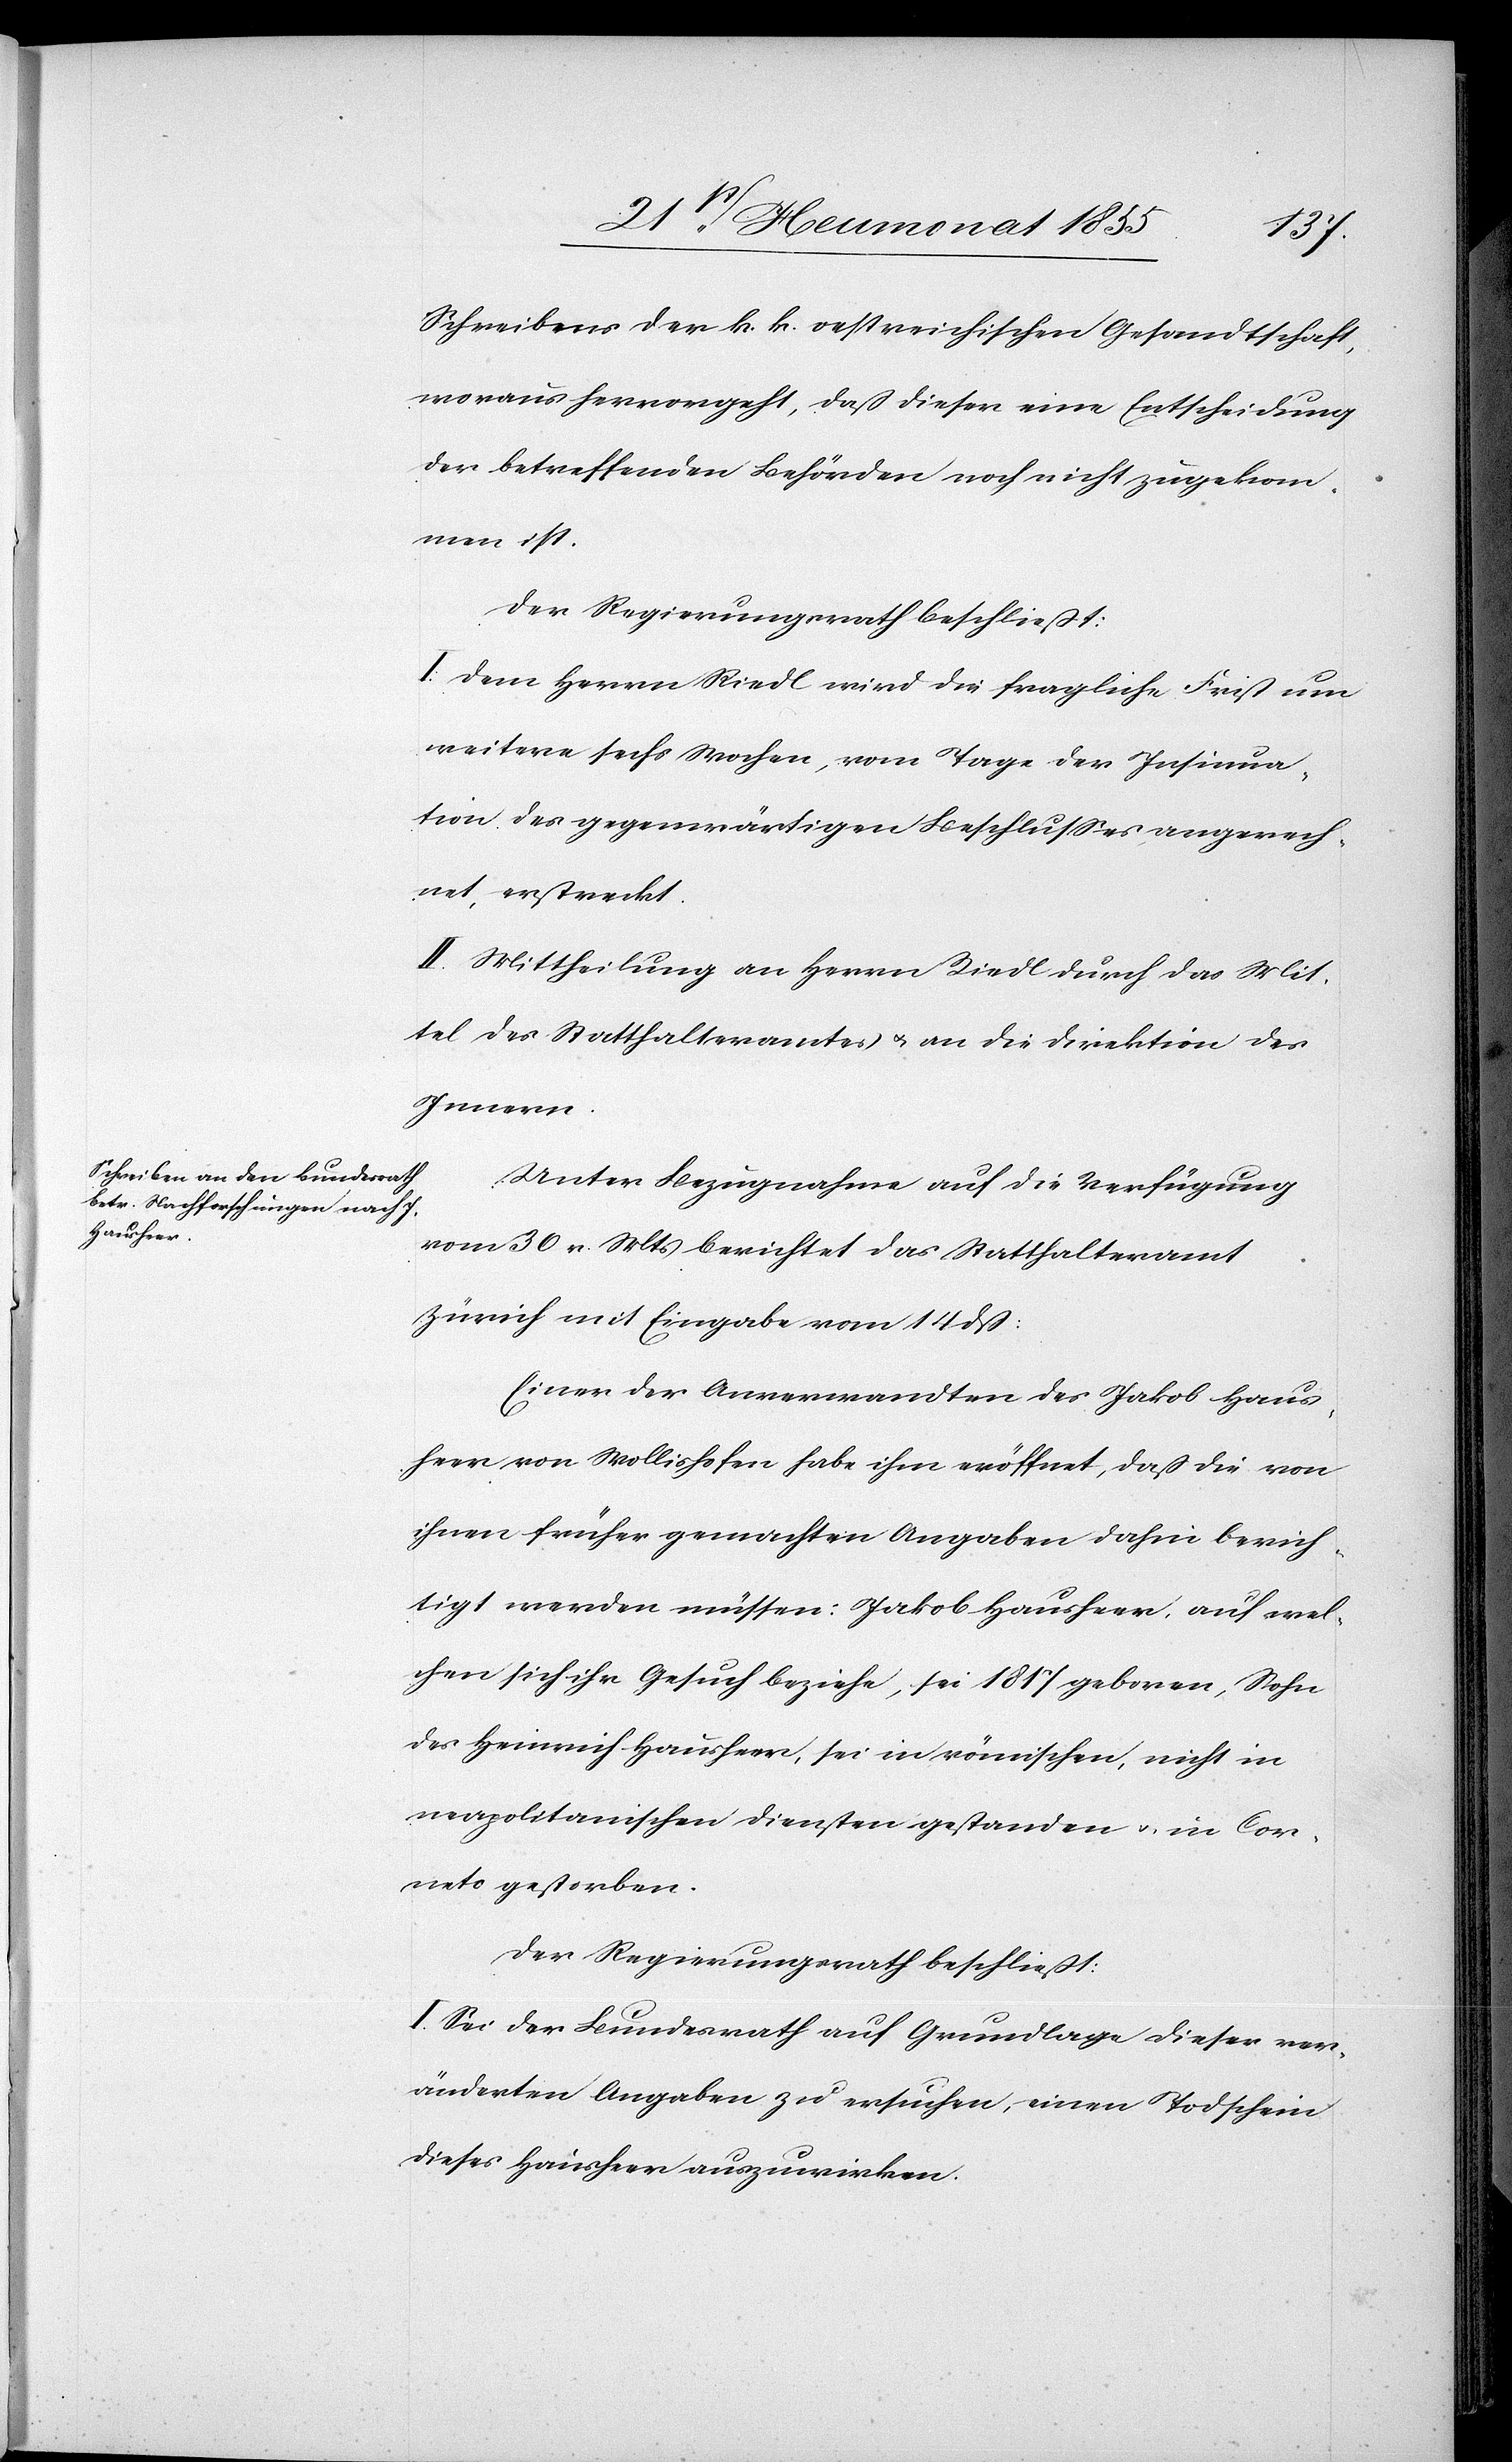
Schreibens der k. k. oestreichischen Gesandtschaft,
woraus hervorgeht, daß dieser eine Entscheidung
der betreffenden Behörden noch nicht zugekom¬
men ist.
Der Regierungsrath beschließt:
I: Dem Herrn Riedl wird die fragliche Frist um
weitere sechs Wochen, vom Tage der Insinua¬
tion des gegenwärtigen Beschlusses angerech¬
net, erstreckt.
II. Mittheilung an Herrn Riedl durch das Mit¬
tel des Statthalteramtes & an die Direktion des
Innern.
Unter Bezugnahme auf die Verfügung
vom 30 v. Mts berichtet das Statthalteramt
Zürich mit Eingabe vom 14 dß:
Einer der Anverwandten des Jakob Haus¬
heer von Wollishofen habe ihm eröffnet, dass die von
ihnen früher gemachten Angaben dahin berich¬
tigt werden müssen: Jakob Hausheer, auf wel¬
chen sich ihr Gesuch beziehe, sei 1817 geboren, Sohn
des Heinrich Hausheer, sei in römischen, nicht in
neapolitanischen Diensten gestanden & in Cor¬
neto gestorben.
Der Regierungsrath beschließt:
I. Sei der Bundesrath auf Grundlage dieser ver¬
änderten Angaben zu ersuchen, einen Todschein
dieses Hausheer auszuwirken.